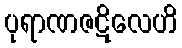
ပုရာဏဇဋိလေဟိ